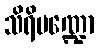
သိရိမဏ္ဍော